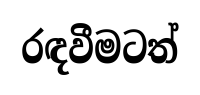
රඳවීමටත්